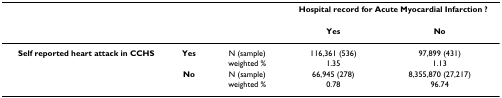
|  |  |  | <COLSPAN=2> Hospital record for Acute Myocardial Infarction ? |
 | --- | --- | --- | --- | --- |
 |  |  |  | Yes | No |
 | Self reported heart attack in CCHS | Yes | N (sample) | 116,361 (536) | 97,899 (431) |
 |  |  | weighted % | 1.35 | 1.13 |
 |  | No | N (sample) | 66,945 (278) | 8,355,870 (27,217) |
 |  |  | weighted % | 0.78 | 96.74 |